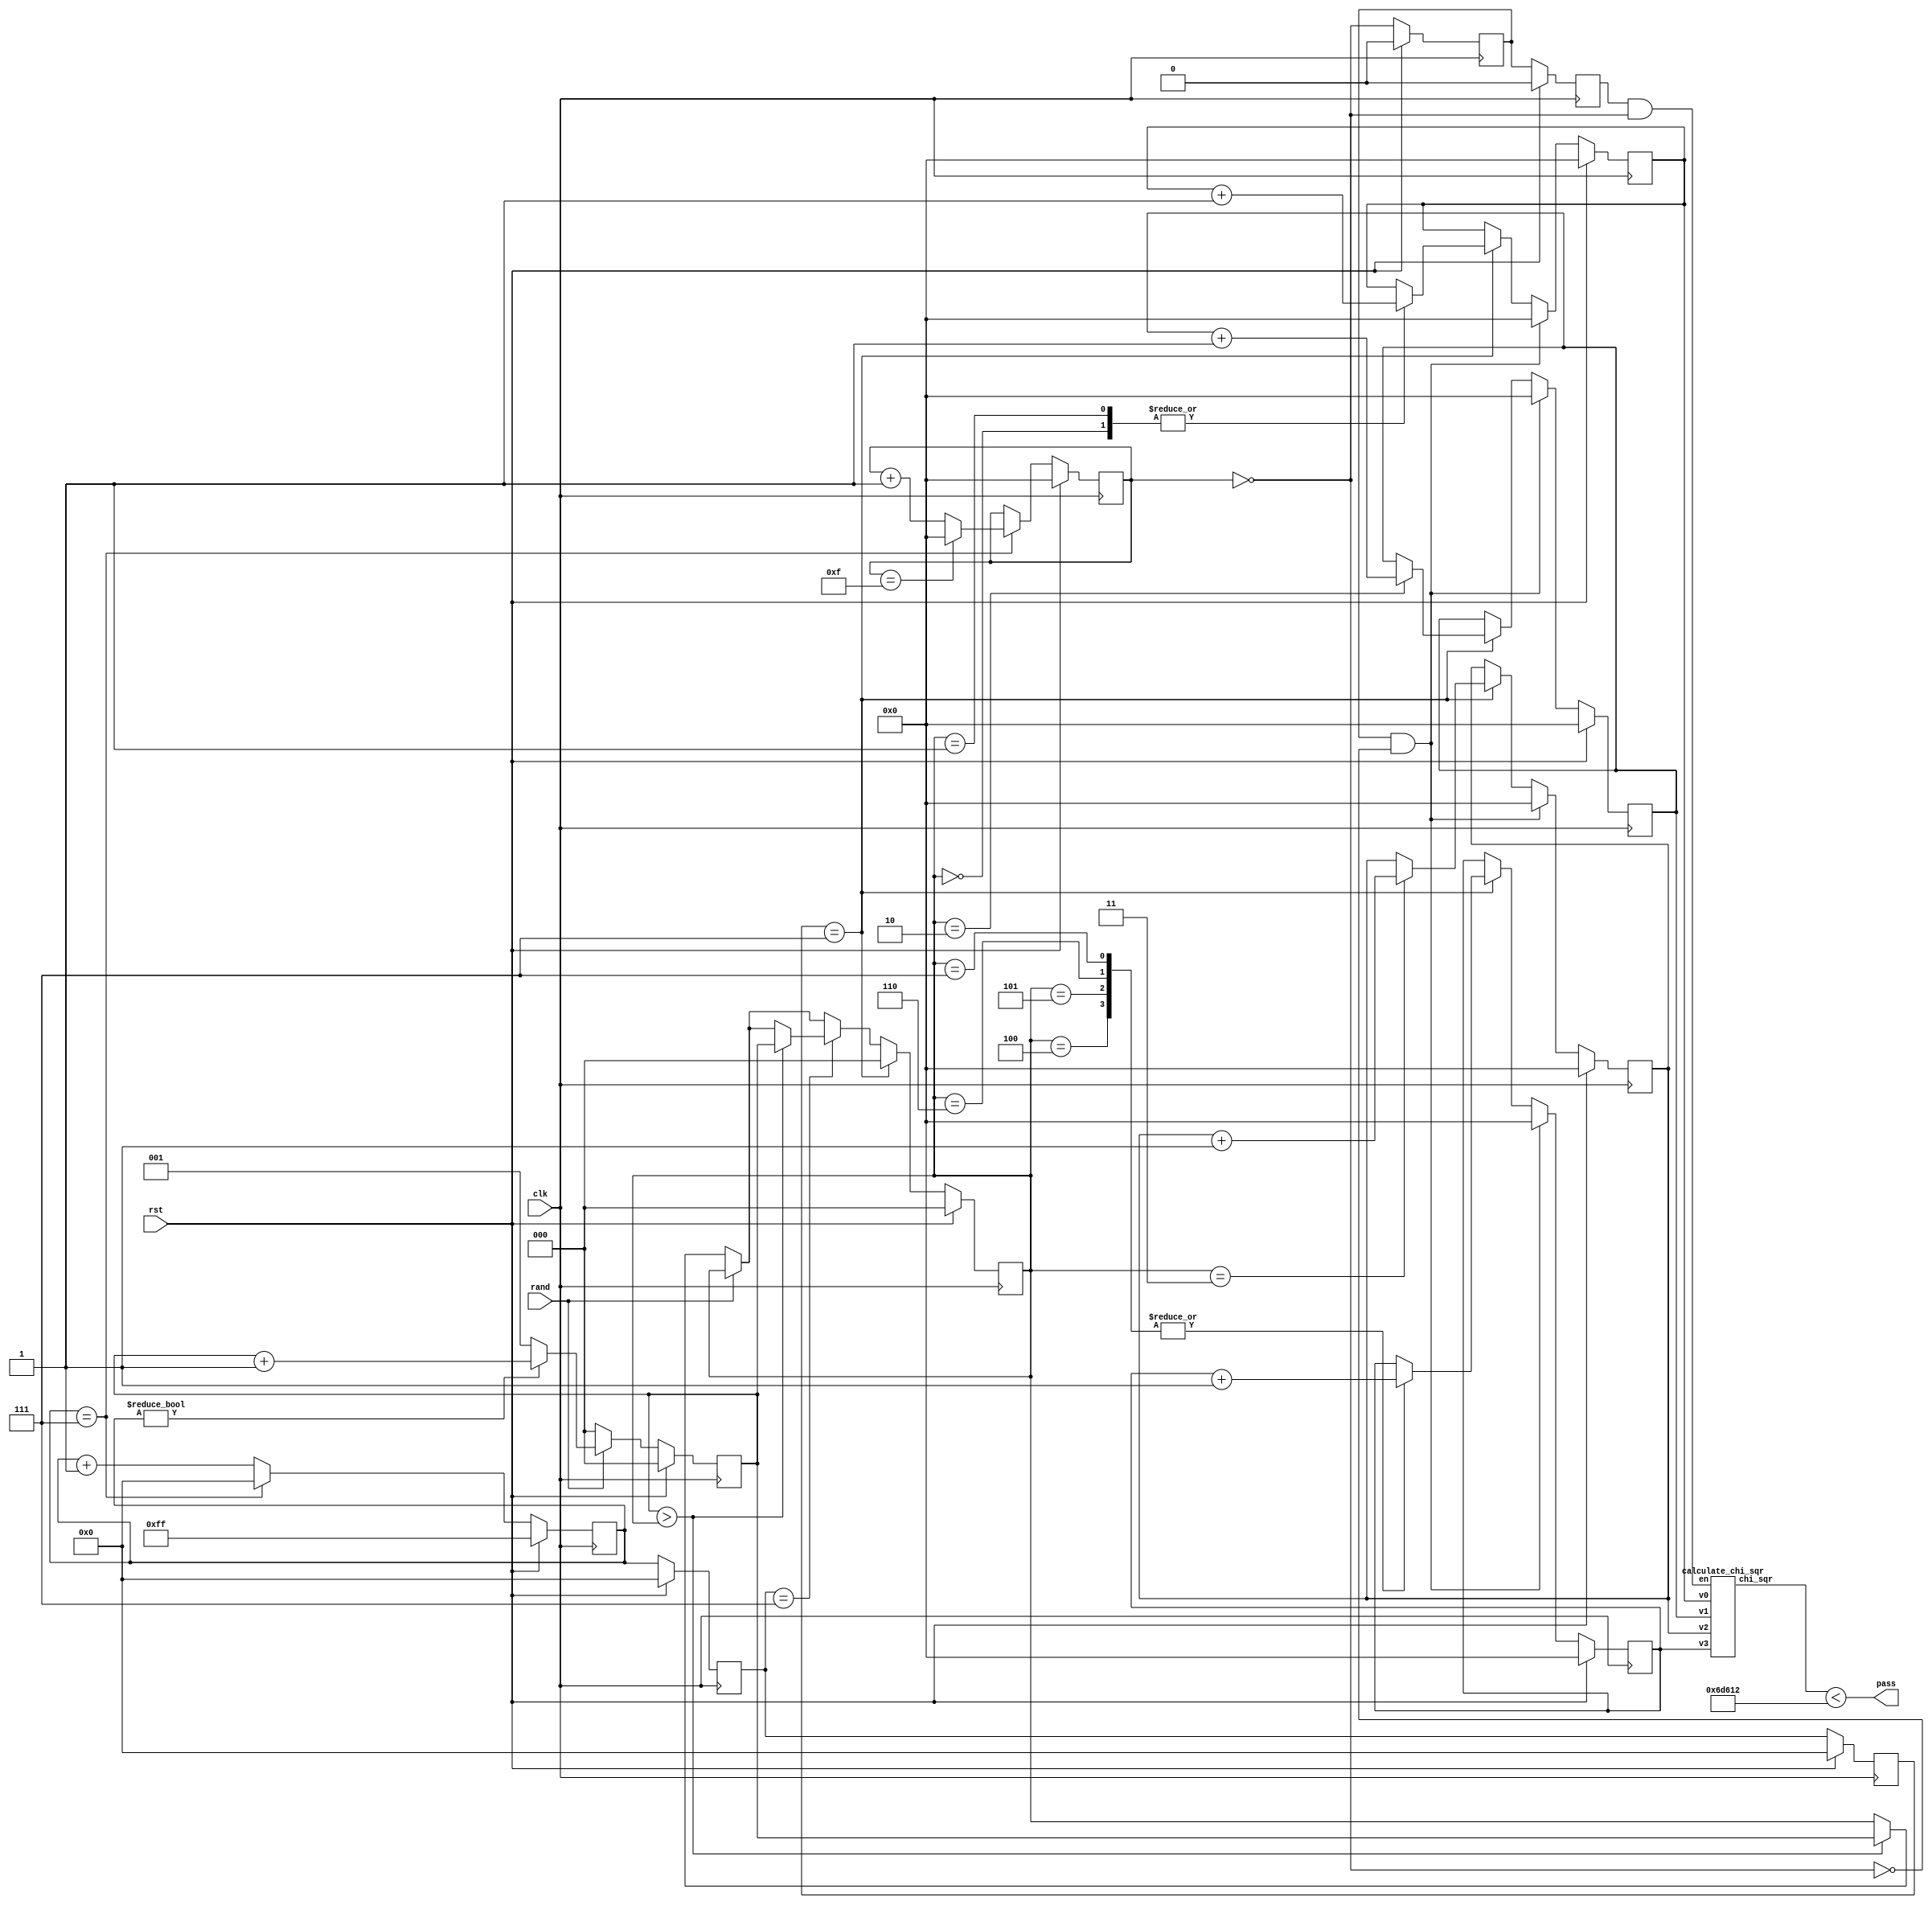
`timescale 1ns / 1ps
//////////////////////////////////////////////////////////////////////////////////
// Company: 
// Engineer: 
// 
// Design Name: 
// Module Name:    Longest_Run_of_Ones 
// Project Name: 
// Target Devices: 
// Tool versions: 
// Description: 
//
// Dependencies: 
//
// Revision: 
// Revision 0.01 - File Created
// Additional Comments: 
//
// m-files: longest_run_of_ones.m, longest_run_of_ones_limits.m
//
//////////////////////////////////////////////////////////////////////////////////
module Longest_Run_of_Ones(
    input wire clk,
	 input wire rst,
    input wire rand,
    output wire pass
    );
	 
parameter n = 16, M = 8, k = 3, U = 448018; // U is multiplied by 1024

reg [7:0] count_bits0, count_bits1, count_bits2;
reg [4:0] count_blocks, v0, v1, v2, v3;
reg [2:0] count_run, count_run_max;

wire [20:0] chi_sqr;	
							/*maximum possibel value of chi_sqr calculated as ((16^2)/0.1875)
							16 is the maximum possible value of Vi, where all other Vjs are 0. (x+y)^2 > x^2 + y^2, for x, y > 0
							0.1875 is the minimum value from the pi table.
							10 more bits are added as we multiply chi_sqr by 1024 to increase precision*/
wire en0;
reg en1, en2;
assign en0 = (count_blocks == 0);
calculate_chi_sqr calculate_chi_sqr1(
	.v0(v0), .v1(v1), .v2(v2), .v3(v3),
	.en(en2 & en0),
	.chi_sqr(chi_sqr)
	);
	
	
assign pass = (chi_sqr < U);

always @(posedge clk)
	if (rst) begin // initialize 
		count_bits0 <= 8'HFF;
		count_bits1 <= 8'H00;
		count_bits2 <= 8'H00;
		count_blocks <= 0;
		count_run <= 0;
		count_run_max <= 0;
		v0 <= 0;
		v1 <= 0;
		v2 <= 0;
		v3 <= 0;
		en1 <= 0;
		en2 <= 0;
	end
	else begin 		
		en1 <= en0;
		en2 <= en1;
		
		count_bits0 <= count_bits0 + 1; 
		if (count_bits0 == (M-1)) begin
			count_bits0 <= 0;
			count_blocks <= count_blocks + 1;
			if (count_blocks == (n-1)) begin
				count_blocks <= 0; 
			end
		end
		count_bits1 <= count_bits0;
		count_bits2 <= count_bits1;
		
		if (rand) begin
			if (count_bits0) count_run <= count_run + 1; 
			else count_run <= 1;
		end
		else begin
			count_run <= 0; 
			if (count_run > count_run_max) count_run_max <= count_run; 
		end		
		if (count_bits1 == (M-1)) 
			if (count_run > count_run_max) count_run_max <= count_run; 
			
		if (count_bits2 == (M-1)) begin
			count_run_max <= 0; 
			
			case(count_run_max)
				0: v0 <= v0 + 1;
				1: v0 <= v0 + 1;
				2: v1 <= v1 + 1;
				3: v2 <= v2 + 1;
				4: v3 <= v3 + 1;
				5: v3 <= v3 + 1;
				6: v3 <= v3 + 1;
				7: v3 <= v3 + 1;
				8: v3 <= v3 + 1;
			endcase
		end
		
		if ((en1) & (~en0)) begin
			v0 <= 0;
			v1 <= 0;
			v2 <= 0;
			v3 <= 0;
		end
		
	end

endmodule


module calculate_chi_sqr(
	input wire [4:0]  v0, v1, v2, v3,
	input wire en,
	output wire [20:0] chi_sqr
	);

(* KEEP = "TRUE" *) (* S = "TRUE" *)
reg [9:0] v0_sqr, v1_sqr, v2_sqr, v3_sqr;
/*
(1024/pi) =	
12	11	10	9	8	7	6	5	4	3	2	1	0	
1	0	0	1	0	1	0	0	1	1	1	1	1	
0	1	0	1	0	1	1	1	0	0	1	0	0	
1	0	0	0	1	0	1	0	1	1	0	1	0	
1	0	1	0	1	0	1	0	1	0	1	0	1	
*/
assign chi_sqr =	  (v0_sqr<<0) + (v0_sqr<<1) + (v0_sqr<<2) + (v0_sqr<<3) + (v0_sqr<<4) + (v0_sqr<<7) + (v0_sqr<<9) + (v0_sqr<<12) 
						+ (v1_sqr<<2) + (v1_sqr<<5) + (v1_sqr<<6) + (v1_sqr<<7) + (v1_sqr<<9) + (v1_sqr<<11)
						+ (v2_sqr<<1) + (v2_sqr<<3) + (v2_sqr<<4) + (v2_sqr<<6) + (v2_sqr<<8) + (v2_sqr<<12) 
						+ (v3_sqr<<0) + (v3_sqr<<2) + (v3_sqr<<4) + (v3_sqr<<6) + (v3_sqr<<8) + (v3_sqr<<10) + (v3_sqr<<12);
always @(*)
	if (en) begin
		v0_sqr <= v0 * v0;
		v1_sqr <= v1 * v1;
		v2_sqr <= v2 * v2;
		v3_sqr <= v3 * v3;
	end		
		
endmodule